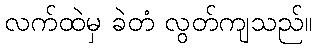
လက်ထဲမှ ခဲတံ လွတ်ကျသည်။